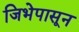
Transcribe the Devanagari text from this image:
जिभेपासून